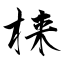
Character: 梾